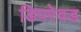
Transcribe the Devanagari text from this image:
डिपरेवड